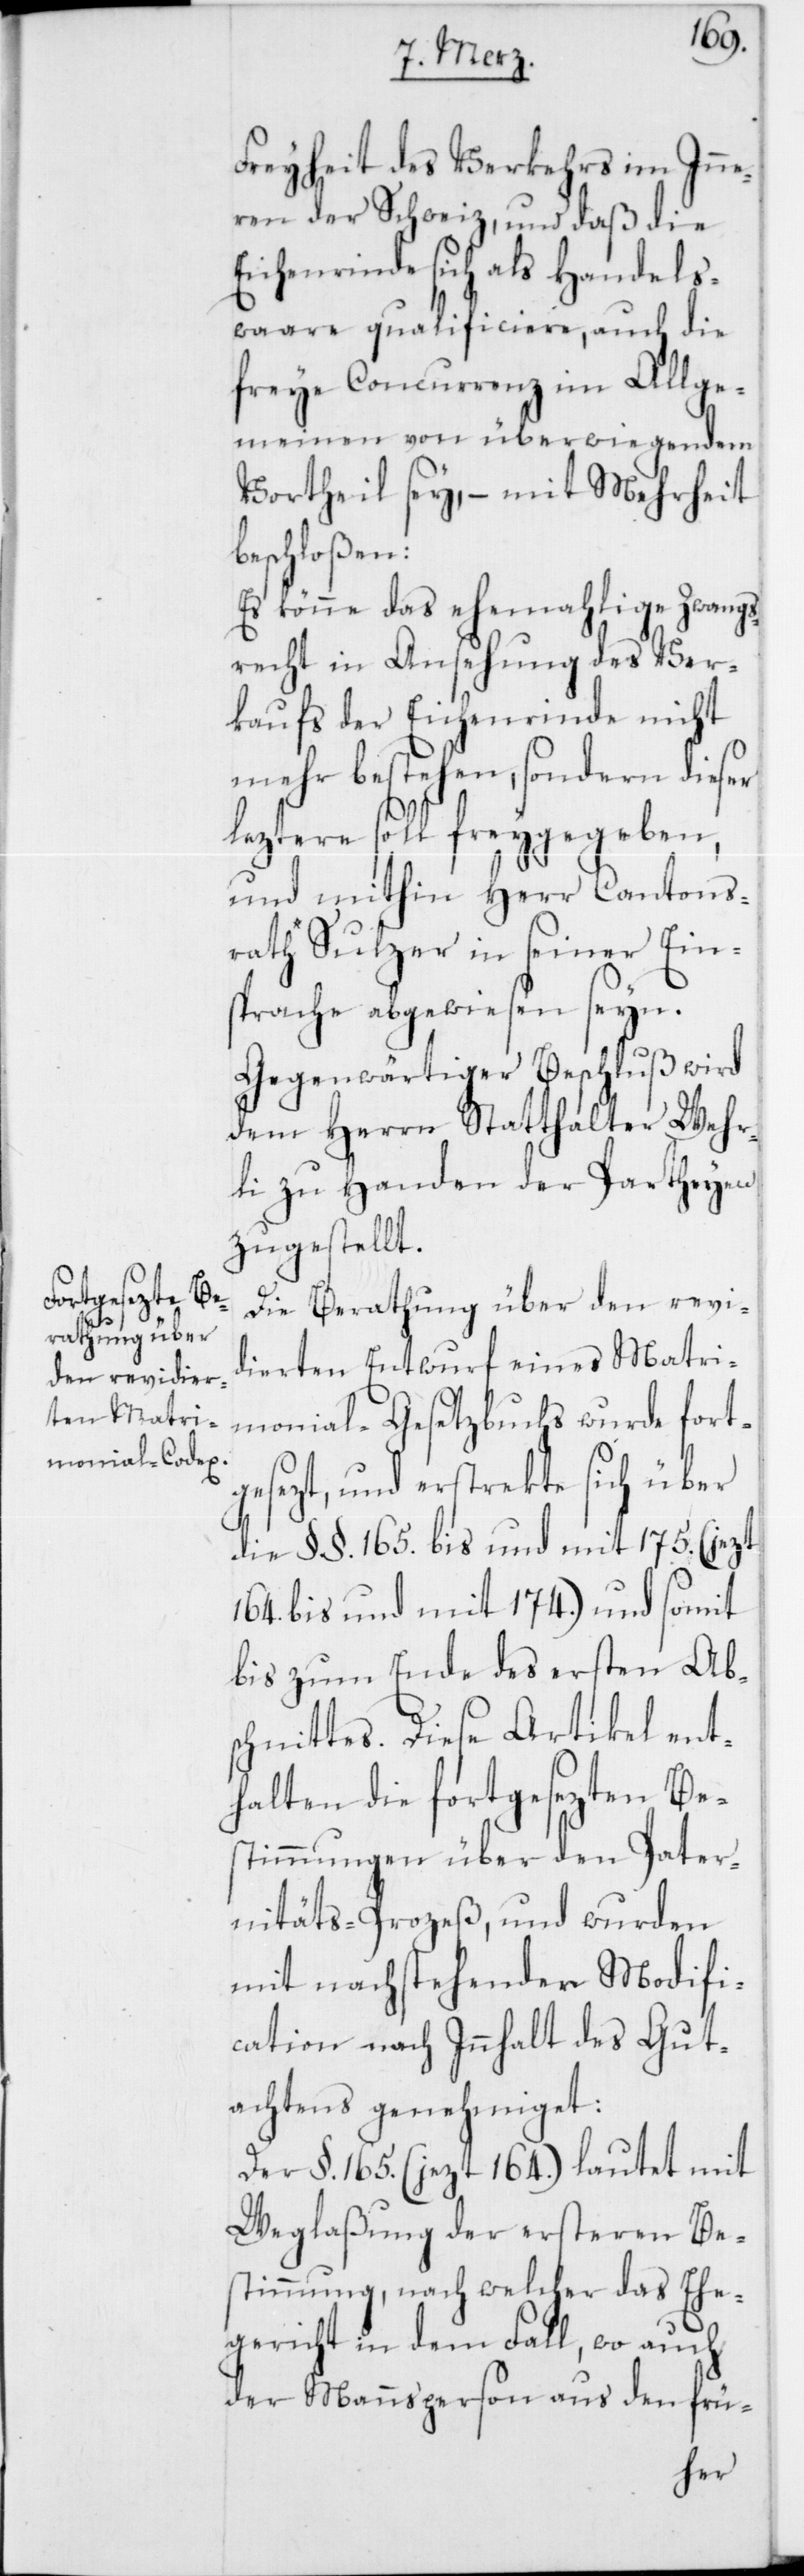
Freyheit des Verkehrs im Inne¬
ren der Schweiz, und daß die
Eichenrinde sich als Handels¬
waare qualificiere, auch die
freye Concurrenz im Allge¬
meinen von überwiegendem
Vortheil sey, – mit Mehrheit
beschloßen:
Es könne das ehemahlige Zwangs¬
recht in Ansehung des Ver¬
kaufs der Eichenrinde nicht
mehr bestehen, sondern dieser
leztere soll freygegeben,
und mithin Herr Cantons¬
rath Sulzer in seiner Ein¬
sprache abgewiesen seyn.
Gegenwärtiger Beschluß wird
dem Herrn Statthalter Wehr¬
li zu Handen der Parteyen
zugestellt.
Die Berathung über den revi¬
dierten Entwurf eines Matri¬
monial-Gesetzbuchs wurde fort¬
gesezt, und erstrekte sich über
die §. §. 165. bis und mit 175. (jezt
164. bis und mit 174.) und somit
bis zum Ende des ersten Abs¬
chnittes. Diese Artikel ent¬
halten die fortgesezten Be¬
stimmungen über den Pater¬
nitäts-Prozeß, und wurden
mit nachstehender Modifi¬
cation nach Innhalt des Gut¬
achtens genehmiget:
Der §. 165. (jezt 164.) lautet mit
Weglaßung der ersteren Be¬
stimmung, nach welcher das Ehe¬
gericht in dem Fall, wo auch
der Mannsperson aus den frü-